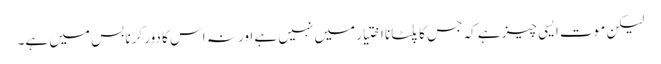
لیکن موت ایسی چیز ہے کہ جس کا پلٹانا اختیار میں نہیں ہے اور نہ اس کا دور کرنا بس میں ہے۔